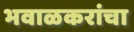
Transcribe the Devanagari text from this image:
भवाळकरांचा